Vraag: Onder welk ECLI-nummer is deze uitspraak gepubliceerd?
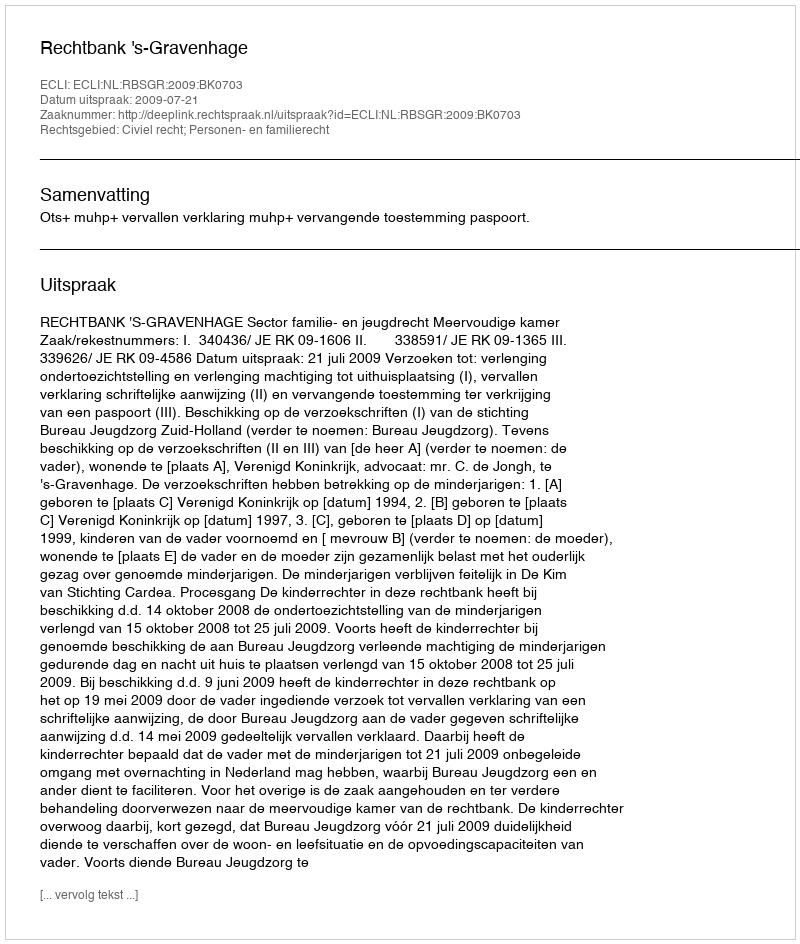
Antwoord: ECLI:NL:RBSGR:2009:BK0703